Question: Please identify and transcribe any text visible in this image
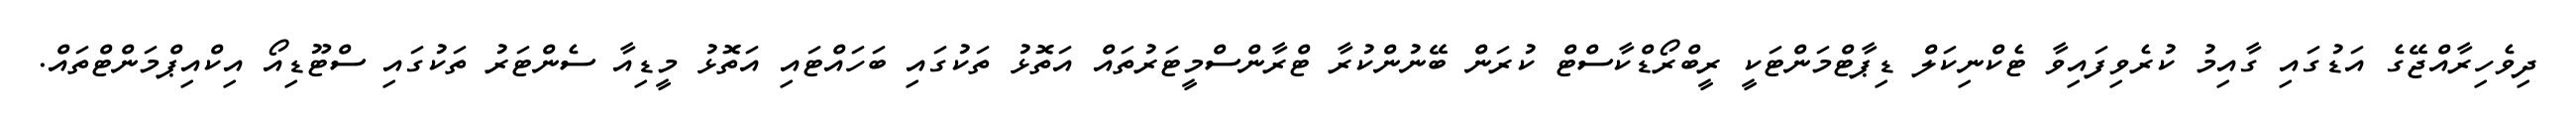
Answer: ދިވެހިރާއްޖޭގެ އަޑުގައި ގާއިމު ކުރެވިފައިވާ ޓެކްނިކަލް ޑިޕާޓްމަންޓަކީ ރީބްރޯޑްކާސްޓް ކުރަން ބޭނުންކުރާ ޓްރާންސްމީޓަރުތައް އަތޮޅު ތަކުގައި ބަހައްޓައި އަތޮޅު މީޑިއާ ސެންޓަރު ތަކުގައި ސްޓޫޑިއޯ އިކްއިޕްމަންޓްތައް.